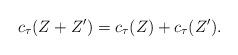
LaTeX: \begin{align*}c_\tau(Z+Z') = c_\tau(Z) + c_\tau(Z').\end{align*}